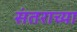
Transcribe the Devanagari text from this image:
संतराच्या